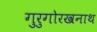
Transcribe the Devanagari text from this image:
गुरुगोरखनाथ